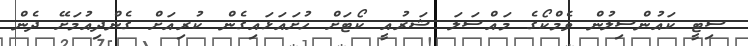
ސިޓީ ކައުންސިލުން ވެމްކޯގެ މައްސަލަ ޝަރުއީ ކޯޓަށް ހުށައަޅައިގެން ކުރިއަށް ގެންދިއުމަށޭ ދެން